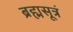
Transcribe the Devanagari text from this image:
ब्रह्मसूत्रं